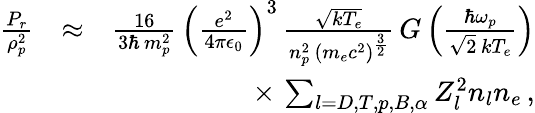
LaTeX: \begin{array}{rlr}{\frac{P_{r}}{\rho_{p}^{2}}}&{\approx}&{\frac{16}{3\hbar\, m_{p}^{2}}\, \left(\frac{e^{2}}{4\pi\epsilon_{0}}\right)^{3}\, \frac{\sqrt{kT_{e}}}{n_{p}^{2}\, \left(m_{e}c^{2}\right)^{\frac{3}{2}}}\, G\left(\frac{\hbar\omega_{p}}{\sqrt{2}\, kT_{e}}\right)}\\ &{}&{\times\, \sum_{l=D,T,p,B,\alpha}Z_{l}^{2}n_{l}n_{e}\, ,}\end{array}